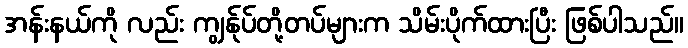
အန်းနယ်ကို လည်း ကျွန်ုပ်တို့တပ်များက သိမ်းပိုက်ထားပြီး ဖြစ်ပါသည်။